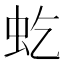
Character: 虼